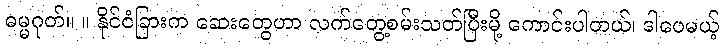
ဓမ္မဂုတ်။ ။ နိုင်ငံခြားက ဆေးတွေဟာ လက်တွေ့စမ်းသတ်ပြီးမို့ ကောင်းပါတယ်၊ ဒါပေမယ့်